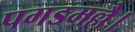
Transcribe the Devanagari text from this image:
पगडमल्लै।